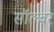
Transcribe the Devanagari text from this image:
सॉल्वर